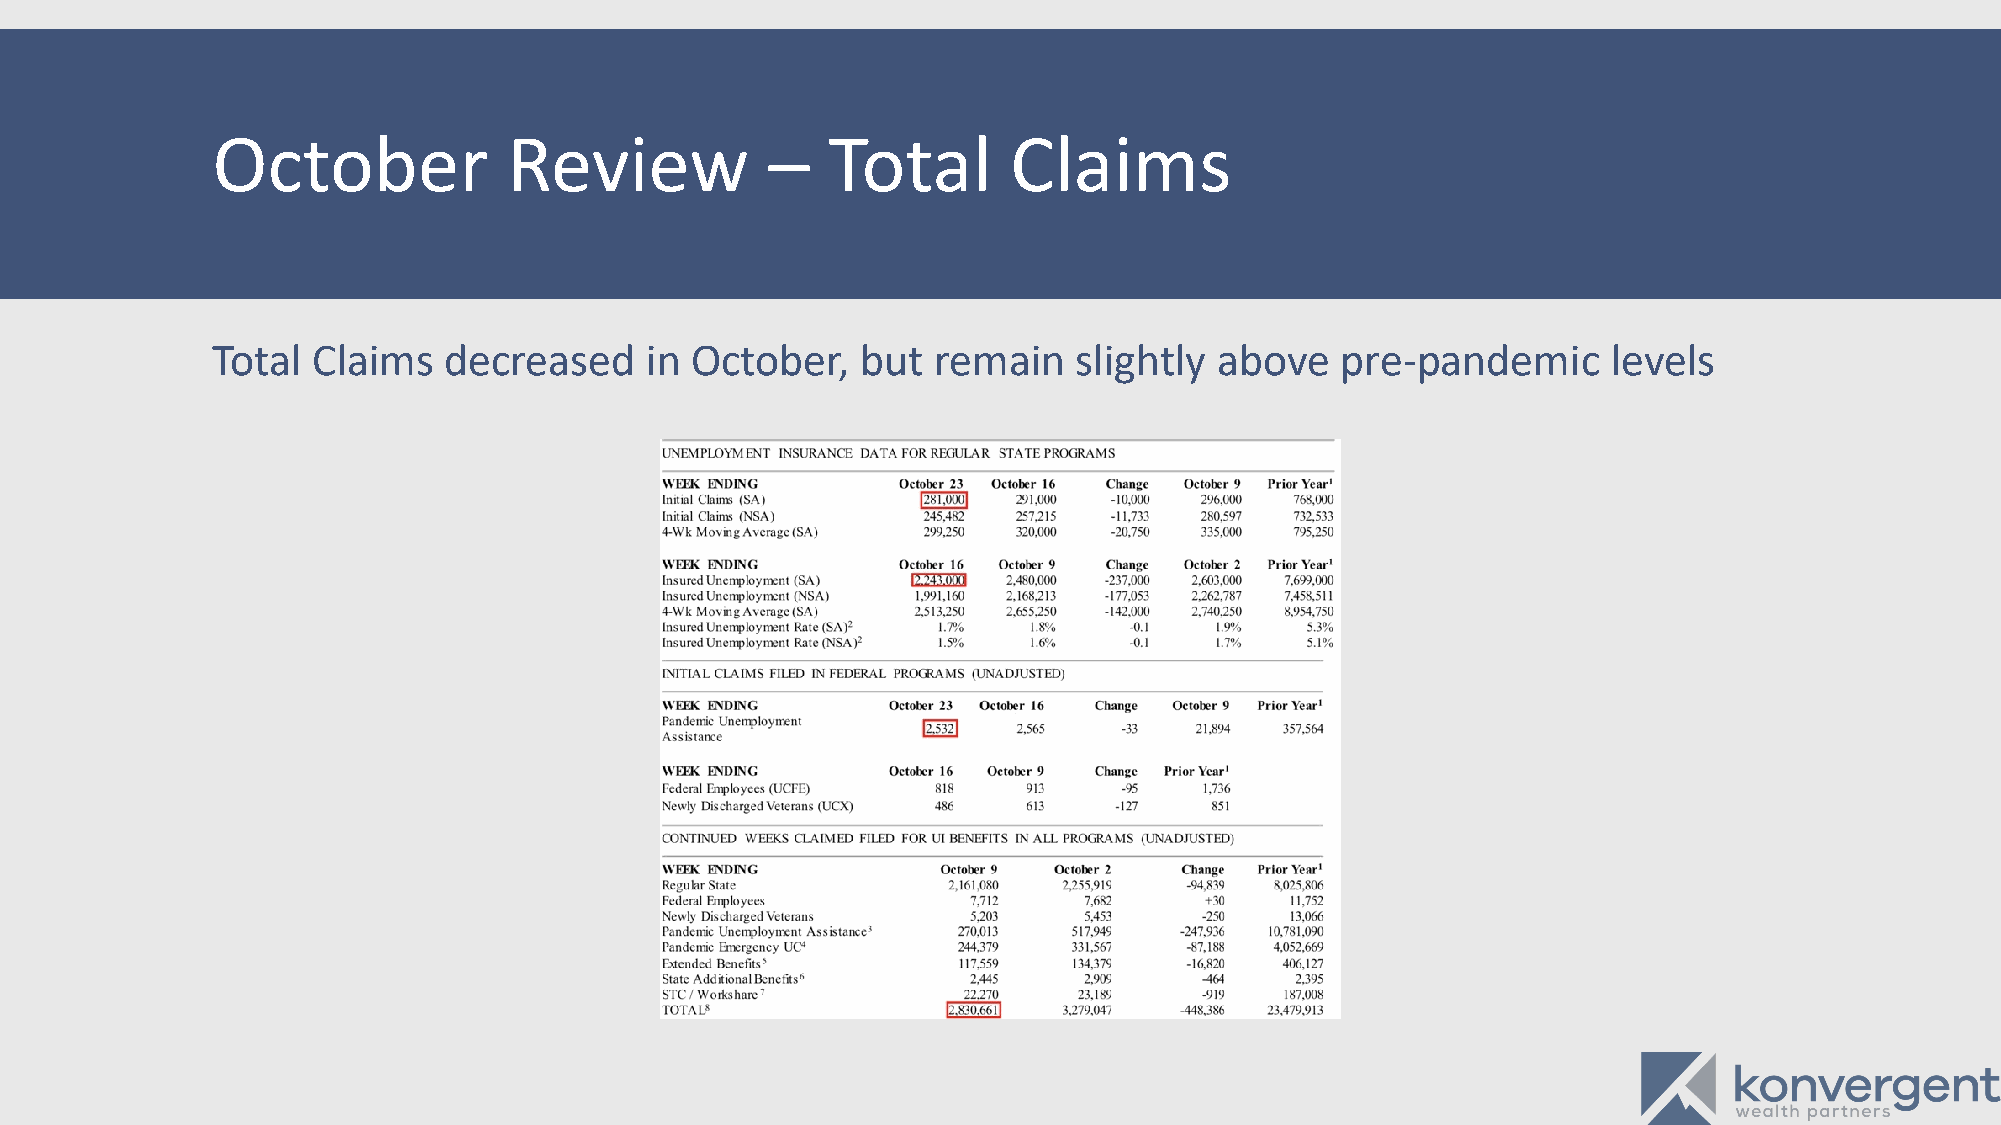
October             Review           –   Total       Claims
 Total  Claims  decreased     in October,   but  remain   slightly  above   pre-pandemic      levels